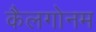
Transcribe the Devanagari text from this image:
कैलगोनम